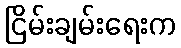
ငြိမ်းချမ်းရေးက